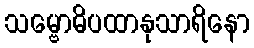
သမ္ဗောဓိပထာနုသာရိနော